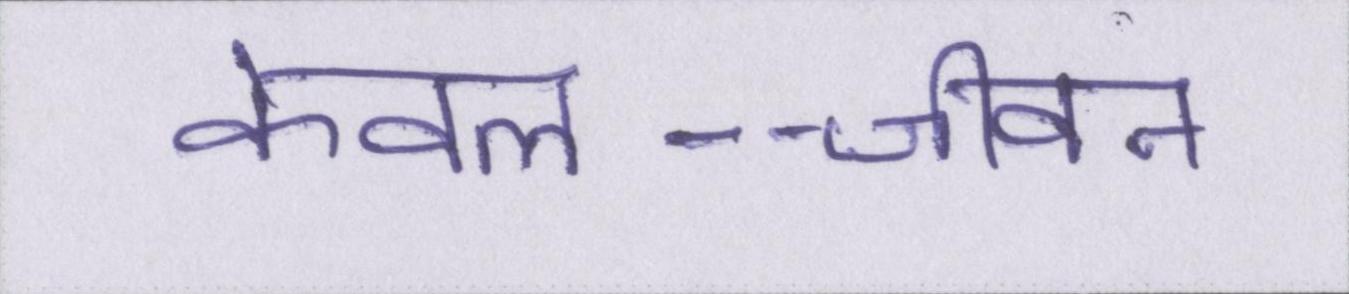
केवल--जीवन